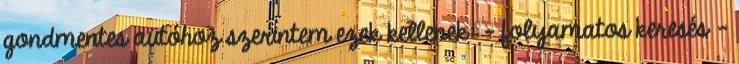
gondmentes autóhoz szerintem ezek kellenek: - folyamatos keresés -